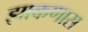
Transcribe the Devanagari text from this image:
झाकणास